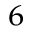
^ 6